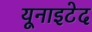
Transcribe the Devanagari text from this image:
यूनाइटेद